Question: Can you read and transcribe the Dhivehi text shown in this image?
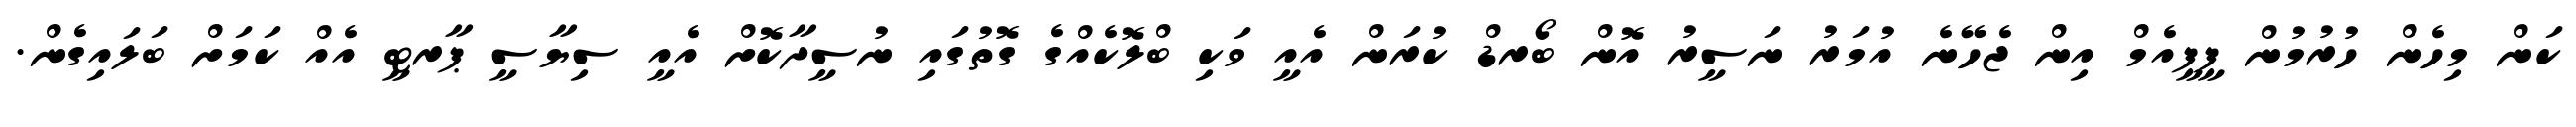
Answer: ކަން މިހެން ހުރުމުން ޕީޕީއެމް އިން ޖެހޭނެ އުމަރު ނަސީރު އޮން ބޯރޑް ކުރަން އެއީ ވަކި ބްލޮކެއްގެ ގޮތުގައި ނުސީދާކޮށް އެއީ ސިޔާސީ ޕާރޓީ އެއް ކަމަށް ބަލައިގެން.